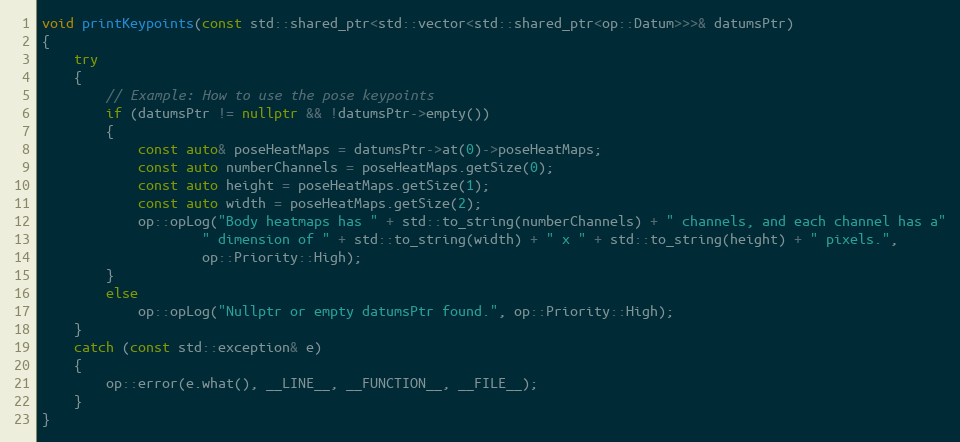
Language: C++
void printKeypoints(const std::shared_ptr<std::vector<std::shared_ptr<op::Datum>>>& datumsPtr)
{
    try
    {
        // Example: How to use the pose keypoints
        if (datumsPtr != nullptr && !datumsPtr->empty())
        {
            const auto& poseHeatMaps = datumsPtr->at(0)->poseHeatMaps;
            const auto numberChannels = poseHeatMaps.getSize(0);
            const auto height = poseHeatMaps.getSize(1);
            const auto width = poseHeatMaps.getSize(2);
            op::opLog("Body heatmaps has " + std::to_string(numberChannels) + " channels, and each channel has a"
                    " dimension of " + std::to_string(width) + " x " + std::to_string(height) + " pixels.",
                    op::Priority::High);
        }
        else
            op::opLog("Nullptr or empty datumsPtr found.", op::Priority::High);
    }
    catch (const std::exception& e)
    {
        op::error(e.what(), __LINE__, __FUNCTION__, __FILE__);
    }
}